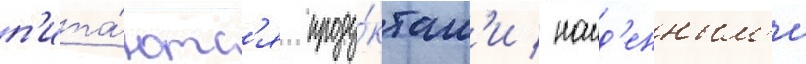
п'ита́ютс'я проду́ктам'и / наид'енным'и